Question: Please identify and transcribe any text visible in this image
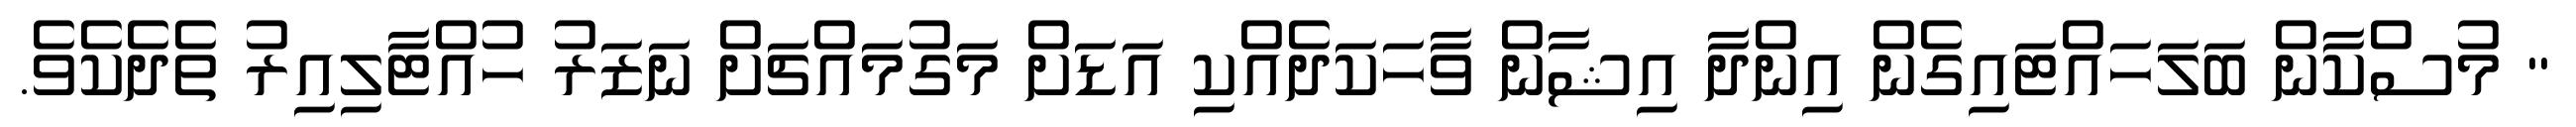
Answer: " މުސްކާން ބަލަހައްޓައިގެން އިންދާ އިޝާން ވާހަކަދެއްކި އަޑަށް މަގުމައްޗަށް ނަޒަރު ހުއްޓާލިއިރު ތެދެކެވެ.